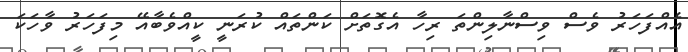
އެއްފަހަރު ވެސް ވިސްނާލިންތަ ރިހާ އެގޮތަށް ކަންތައް ކުރަނީ ކީއްވެބާއޭ މިފަހަރު ވާހަކަ